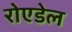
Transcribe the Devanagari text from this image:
रोएडेल